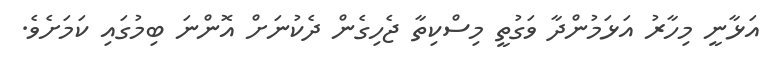
އަޅާނީ މިހާރު އަޅަމުންދާ ވަގުތީ މިސްކިތާ ޖެހިގެން ދެކުނަށް އޮންނަ ބިމުގައި ކަމަށެވެ.